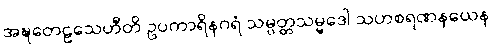
အဍ္ဎတေဠသေဟီတိ ဥပကာရိနဂရံ သမ္ပတ္တသမ္မဒေါ သဟစရဏနယေန